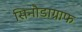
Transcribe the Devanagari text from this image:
सिनौडाग्राफ